Annual statistical returns and brief notes on vaccination in Bengal - 1887-1898
Year: 1887
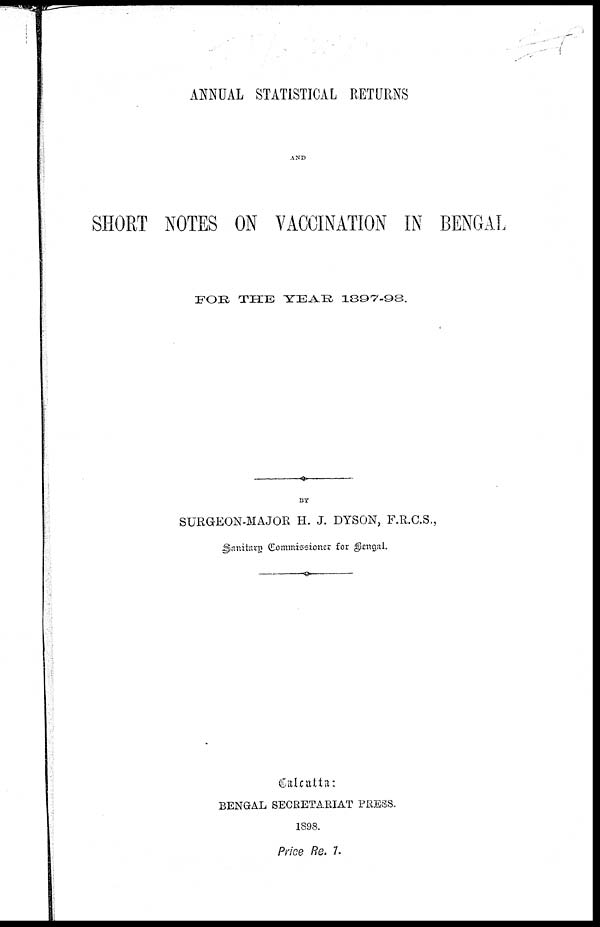
ANNUAL STATISTICAL RETURNS
AND
SHORT NOTES ON VACCINATION IN BENGAL
FOR THE YEAR
1897-98.
BY
SURGEON-MAJOR H. J. DYSON, F.R.C.S.,
Sanitary Commissioner for Bengal.
Calcattta:
BENGAL SECRETARIAT PRESS.
1898.
Price Re. 7.